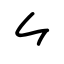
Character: ⺈